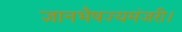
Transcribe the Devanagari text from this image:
ज्ञानभैषज्यमंजरी।